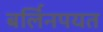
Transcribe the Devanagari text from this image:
बर्लिनपर्यंत